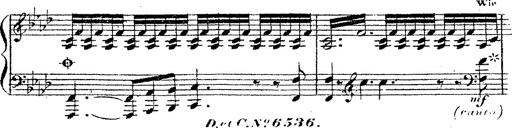
Title: 12 Lieder von Franz Schubert
Composer: Franz Liszt